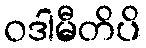
ဝဒါမီတိပိ